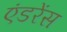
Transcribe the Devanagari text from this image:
एंडरेंस